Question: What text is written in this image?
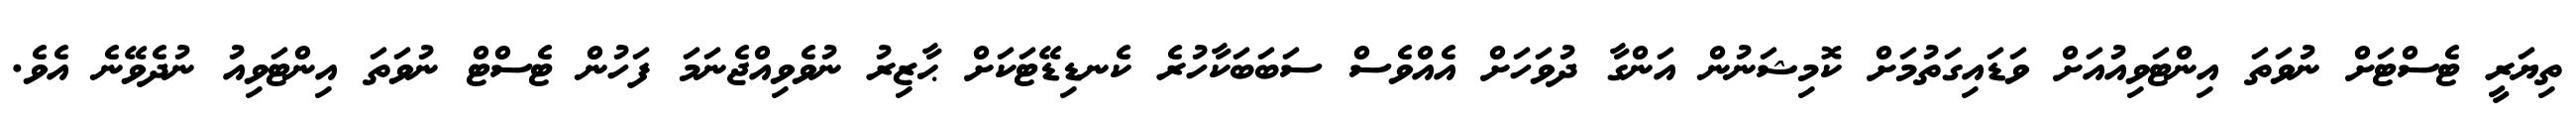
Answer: ތިޔަރީ ޓެސްޓަށް ނުވަތަ އިންޓަވިއުއަށް ވަޑައިގަތުމަށް ކޮމިޝަނުން އަންގާ ދުވަހަށް އެއްވެސް ސަބަބަކާހުރެ ކެނޑިޑޭޓަކަށް ޙާޒިރު ނުވެވިއްޖެނަމަ ފަހުން ޓެސްޓް ނުވަތަ އިންޓަވިއު ނުދެވޭނެ އެވެ.